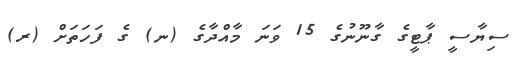
ސިޔާސީ ޕާޓީގެ ގާނޫނުގެ 15 ވަނަ މާއްދާގެ (ނ) ގެ ފަހަތަށް (ރ)